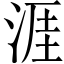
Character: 涯